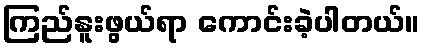
ကြည်နူးဖွယ်ရာ ကောင်းခဲ့ပါတယ်။